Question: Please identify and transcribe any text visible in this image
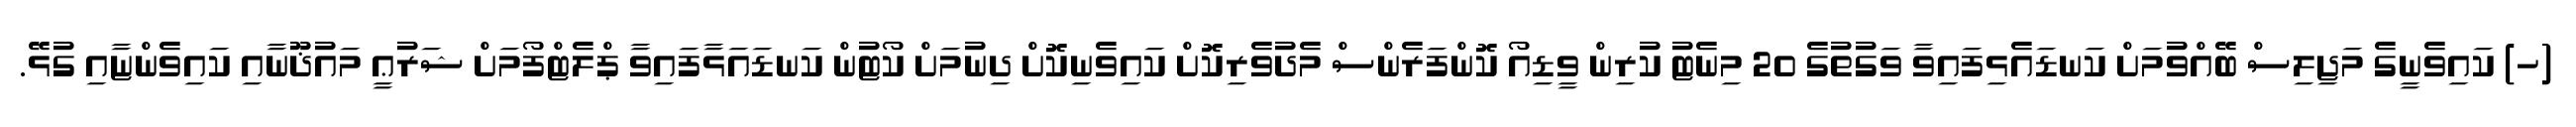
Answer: (ހ) ކައިވެނީގެ މަޖިލިސް ބޭއްވުމަށް ކަނޑައެޅިފައިވާ ވަގުތުގެ 20 މިނެޓު ކުރިން ވީޑިއޯ ކޮންފަރެންސް މެދުވެރިކޮށް ކައިވެނިކޮށް ދިނުމަށް ކޯޓުން ކަނޑައަޅާފައިވާ ޕްލެޓްފޯމަށް ޝަރުޢީ މައުޛޫނާއި ކައިވެންޏާއި ގުޅޭ.